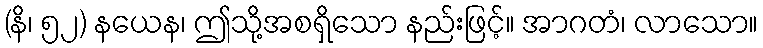
(နိ၊ ၅၂) နယေန၊ ဤသို့အစရှိသော နည်းဖြင့်။ အာဂတံ၊ လာသော။